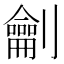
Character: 𭄜